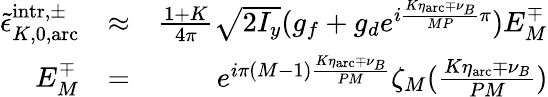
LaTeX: \begin{array}{rlr}{\tilde{\epsilon}_{K,0,\mathrm{arc}}^{\mathrm{intr},\pm}}&{\approx}&{\frac{1+K}{4\pi}\sqrt{2I_{y}}(g_{f}+g_{d}e^{i\frac{K\eta_{\mathrm{arc}}\mp\nu_{B}}{MP}\pi})E_{M}^{\mp}}\\ {E_{M}^{\mp}}&{=}&{e^{i\pi(M-1)\frac{K\eta_{\mathrm{arc}}\mp\nu_{B}}{PM}}\zeta_{M}(\frac{K\eta_{\mathrm{arc}}\mp\nu_{B}}{PM})}\end{array}